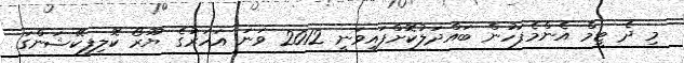
މި ދެ ޓީމް އެންމެފަހުން ބައްދަލުކޮށްފައިވަނީ 2012 ވަނަ އަހަރުގެ ޔޫރޯ ކޮލިފިކޭޝަންގަ